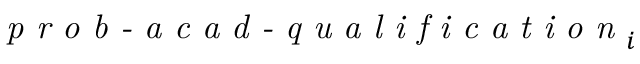
\textit { p r o b - a c a d - q u a l i f i c a t i o n } _ { i }